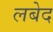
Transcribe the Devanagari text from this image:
लबेद